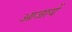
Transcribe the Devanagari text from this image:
आजायें